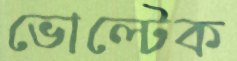
ভোল্টেক